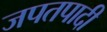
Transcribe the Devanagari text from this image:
जपतपादी